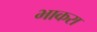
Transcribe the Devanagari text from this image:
भाकरा